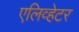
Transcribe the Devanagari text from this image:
एलिव्हेटर